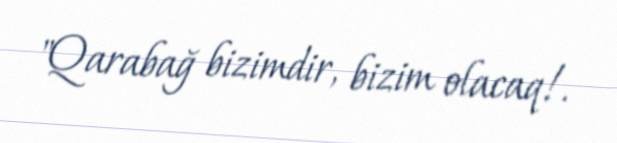
"Qarabağ bizimdir, bizim olacaq!.